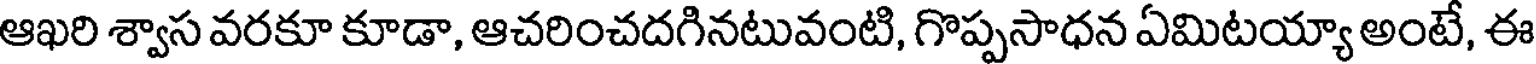
ఆఖరి శ్వాస వరకూ కూడా, ఆచరించదగినటువంటి, గొప్పసాధన ఏమిటయ్యా అంటే, ఈ